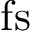
\mathrm { f s }